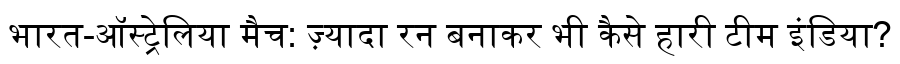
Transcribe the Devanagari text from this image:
भारत-ऑस्ट्रेलिया मैच: ज़्यादा रन बनाकर भी कैसे हारी टीम इंडिया?